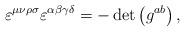
LaTeX: \begin{align*}\varepsilon ^{\mu \nu \rho \sigma }\varepsilon ^{\alpha \beta \gamma \delta}=-\det \left( g^{ab}\right) ,\end{align*}